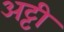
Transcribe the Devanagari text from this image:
अट्टी